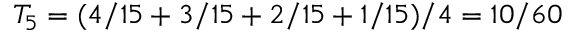
T _ { 5 } = ( 4 / 1 5 + 3 / 1 5 + 2 / 1 5 + 1 / 1 5 ) / 4 = 1 0 / 6 0